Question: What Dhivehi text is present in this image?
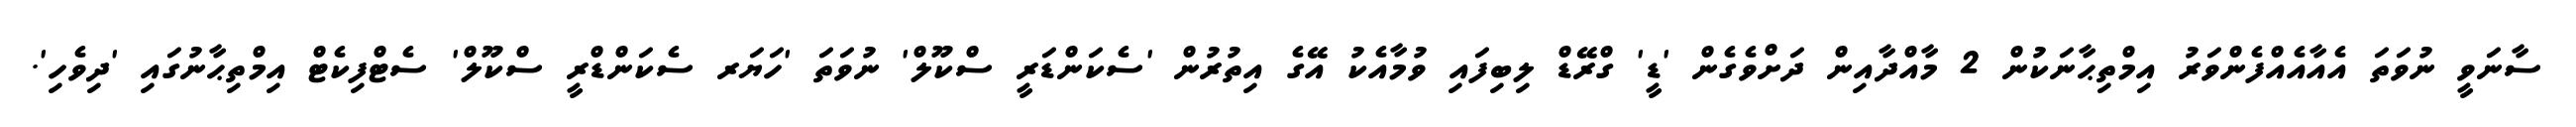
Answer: ސާނަވީ ނުވަތަ އެއާއެއްފެންވަރު އިމްތިޙާނަކުން 2 މާއްދާއިން ދަށްވެގެން 'ޑީ' ގްރޭޑް ލިބިފައި ވުމާއެކު އޭގެ އިތުރުން 'ސެކަންޑަރީ ސްކޫލް' ނުވަތަ 'ހަޔަރ ސެކަންޑްރީ ސްކޫލް' ސެޓްފިކެޓް އިމްތިޙާނުގައި 'ދިވެހި'.